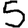
Digit: 5